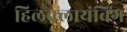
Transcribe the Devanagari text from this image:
हिलक्लायंबिंग